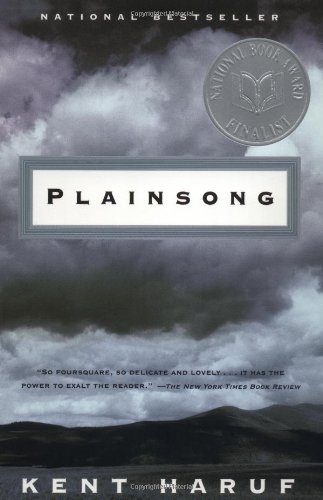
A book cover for Plainsong; Kent Haruf; Literature & Fiction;